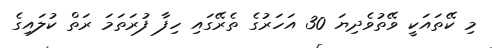
މި ކޭތައަކީ ވޭތުވެދިޔަ 30 އަހަރުގެ ތެރޭގައި ހިފާ ފުރަތަމަ ރަތް ކުލައިގެ